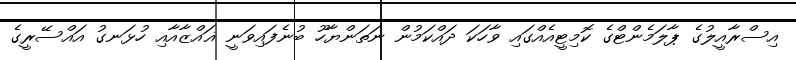
އިސްރާއީލުގެ ޕާލަމެންޓްގެ ކޮމިޓީއެއްގައި ވާހަކަ ދައްކަމުން ނަތަންޔާހޫ ބުނެފައިވަނީ ޣައްޒާއާއި ހުޅަނގު އައްސޭރީގެ